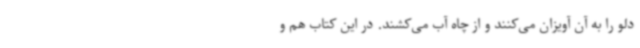
دلو را به آن آویزان می‌کنند و از چاه آب می‌کشند. در این کتاب هم و